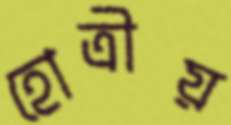
হোত্রীয়